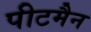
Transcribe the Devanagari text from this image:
पीटमैन